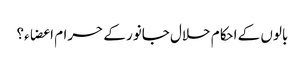
بالوں کے احکام حلال جانور کے حرام اعضاء؟